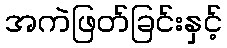
အကဲဖြတ်ခြင်းနှင့်